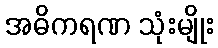
အဓိကရဏ သုံးမျိုး